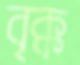
বৃক্ক